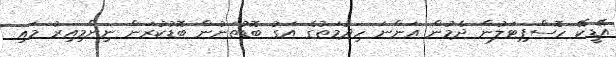
އޭޑީކޭ ހޮސްޕިޓަލުން ދެމުން އަންނަ ހިދުމަތުގެ އަގު ބޮޑުތަނުން ބޮޑުކުރަން ނިންމިއިރު މައި